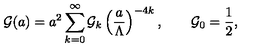
{ \cal G } ( a ) = a ^ { 2 } \sum _ { k = 0 } ^ { \infty } { \cal G } _ { k } \left( { \frac { a } { \Lambda } } \right) ^ { - 4 k } , \qquad { \cal G } _ { 0 } = { \frac { 1 } { 2 } } ,